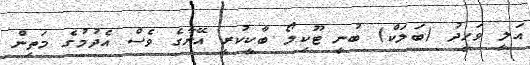
އަލީ ވަހީދު (ބަލަކް) ބުނީ ޓޫކިލޯ ބާކީކުރީ އޭނާގެ ވެސް އެދުމުގެ މަތިން